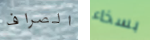
الصراف بسخاء